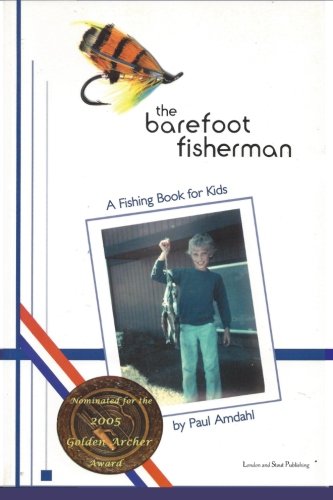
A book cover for The Barefoot Fisherman: A fishing book for kids; Paul Amdahl; Children's Books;